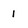
Character: 1